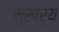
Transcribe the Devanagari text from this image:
मुखर्‍य